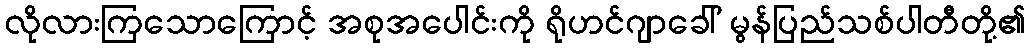
လိုလားကြသောကြောင့် အစုအပေါင်းကို ရိုဟင်ဂျာခေါ် မွန်ပြည်သစ်ပါတီတို့၏